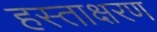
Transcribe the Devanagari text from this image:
हस्ताक्षरण